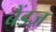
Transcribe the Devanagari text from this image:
बैंडज़